Vaccination United Provinces of Agra and Oudh 1902-1913 - 1902-1913
Year: 1902
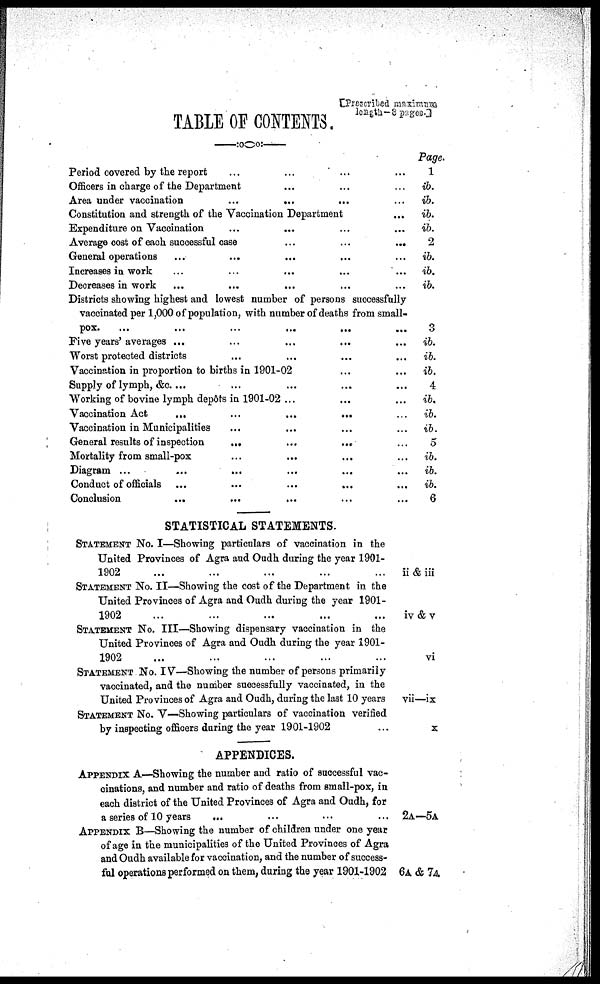
[Prescribed maxi mum
length-8 pages]
TABLE OF CONTENTS
Period covered by the report ... ... ... ...
Officers in charge of the Department ... ... ...
Area under vaccination
...
...
... ...
Constitution and strength of the Vaccination Department ...
Expenditure on Vaccination ... ... ... ...
Average cost of each successful case ... ... ...
General operations ... ... ... ... ...
Increases in work ... ... ... ... ...
Decreases in work ... ... ... ... ...
Districts showing highest and lowest number of persons successfully
vaccinated per 1,000 of population, with number of deaths from small-
pox.
... ... ... ... ... ...
Five years' averages ... ... ... ... ...
Worst protected districts ... ... ... ...
Vaccination in proportion to births in 1901-02 ... ...
Supply of lymph, &c. ... ... ... ... ...
Working of bovine lymph depôts in 1901-02 ... ... ...
Vaccination Act
...
...
...
... ...
Vaccination in Municipalities ... ... ... ...
General results of inspection
...
...
... ...
Mortality from small-pox ... ... ... ... ...
Diagram ... ... ... ... ... ...
Conduct of officials ... ... ... ... ...
Conclusion ... ... ... ... ...
STATISTICAL STATEMENTS.
STATEMENT No. I—Showing particulars of vaccination in the
United Provinces of Agra aud Oudh during the year 1901-
1902
...
...
...
...
...
STATEMENT No. II—Showing the cost of the Department in the
United Provinces of Agra and Oudh during the year 1901-
1902
...
...
...
...
...
STATEMENT No. III—Showing dispensary vaccination in the
United Provinces of Agra and Oudh during the year 1901-
1902 ... ... ... ... ...
STATEMENT No. IV—Showing the number of persons primarily
vaccinated, and the number successfully vaccinated, in the
United Provinces of Agra and Oudh, during the last 10 years
STATEMENT No. V—Showing particulars of vaccination verified
by inspecting officers during the year 1901-1902 ...
APPENDICES.
APPENDIX A—Showing the number and ratio of successful vac-
cinations, and number and ratio of deaths from small-pox, in
each district of the United Provinces of Agra and Oudh, for
a series of 10 years
...
...
...
...
...
APPENDIX B—Showing the number of children under one year
of age in the municipalities of the United Provinces of Agra
and Oudh available for vaccination, and the number of success-
ful operations performed on them, during the year 1901-1902
Page.
1
ib.
ib.
ib.
ib.
2
ib.
ib.
ib.
3
ib.
ib.
ib.
4
ib.
ib.
ib.
5
ib.
ib.
ib.
6
ii & iii
iv &v
vi
vii—ix
x
2A—5A
6A & 7A